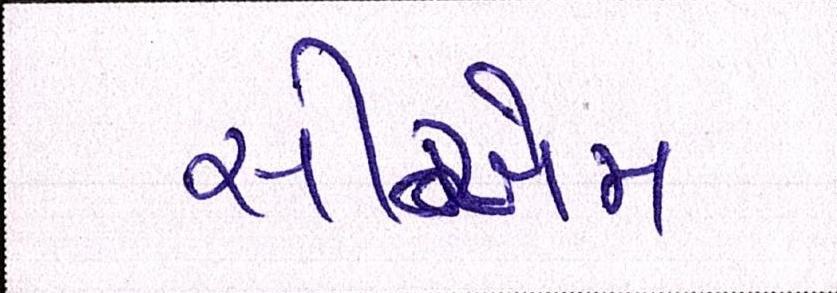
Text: સીએમ